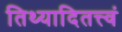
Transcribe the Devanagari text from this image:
तिथ्यादितत्त्वं